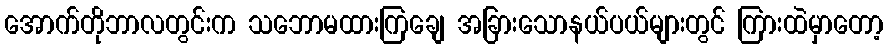
အောက်တိုဘာလတွင်းက သဘောမထားကြချေ အခြားသောနယ်ပယ်များတွင် ကြားထဲမှာတော့